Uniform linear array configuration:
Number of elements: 12
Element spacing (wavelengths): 0.25
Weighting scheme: uniform
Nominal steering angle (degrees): -30
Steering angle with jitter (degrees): -28.497
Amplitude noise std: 0.05
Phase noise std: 0.05

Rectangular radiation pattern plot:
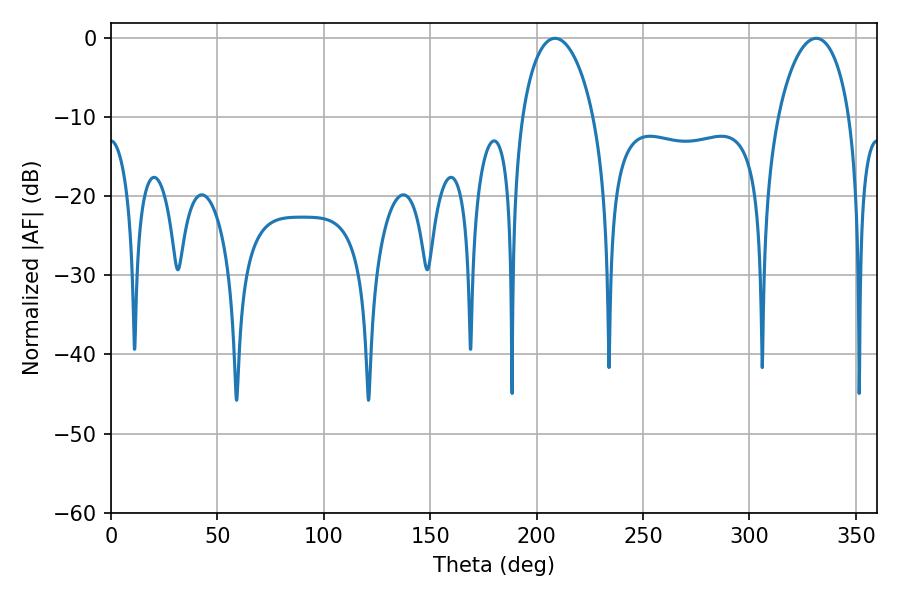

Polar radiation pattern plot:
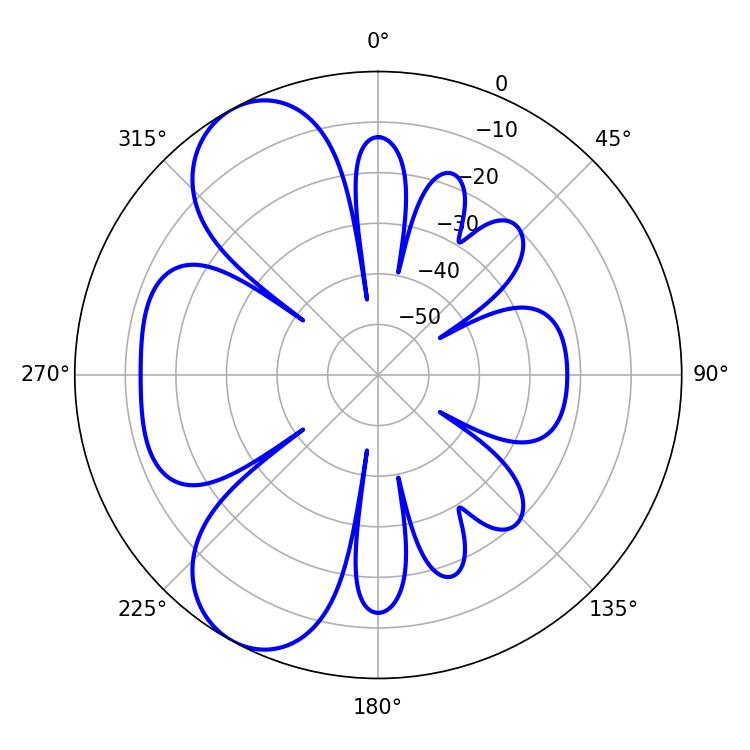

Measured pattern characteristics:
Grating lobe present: FALSE
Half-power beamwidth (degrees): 19.26
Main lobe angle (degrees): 208.62